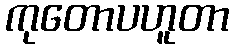
ကုတောပဟူတာ